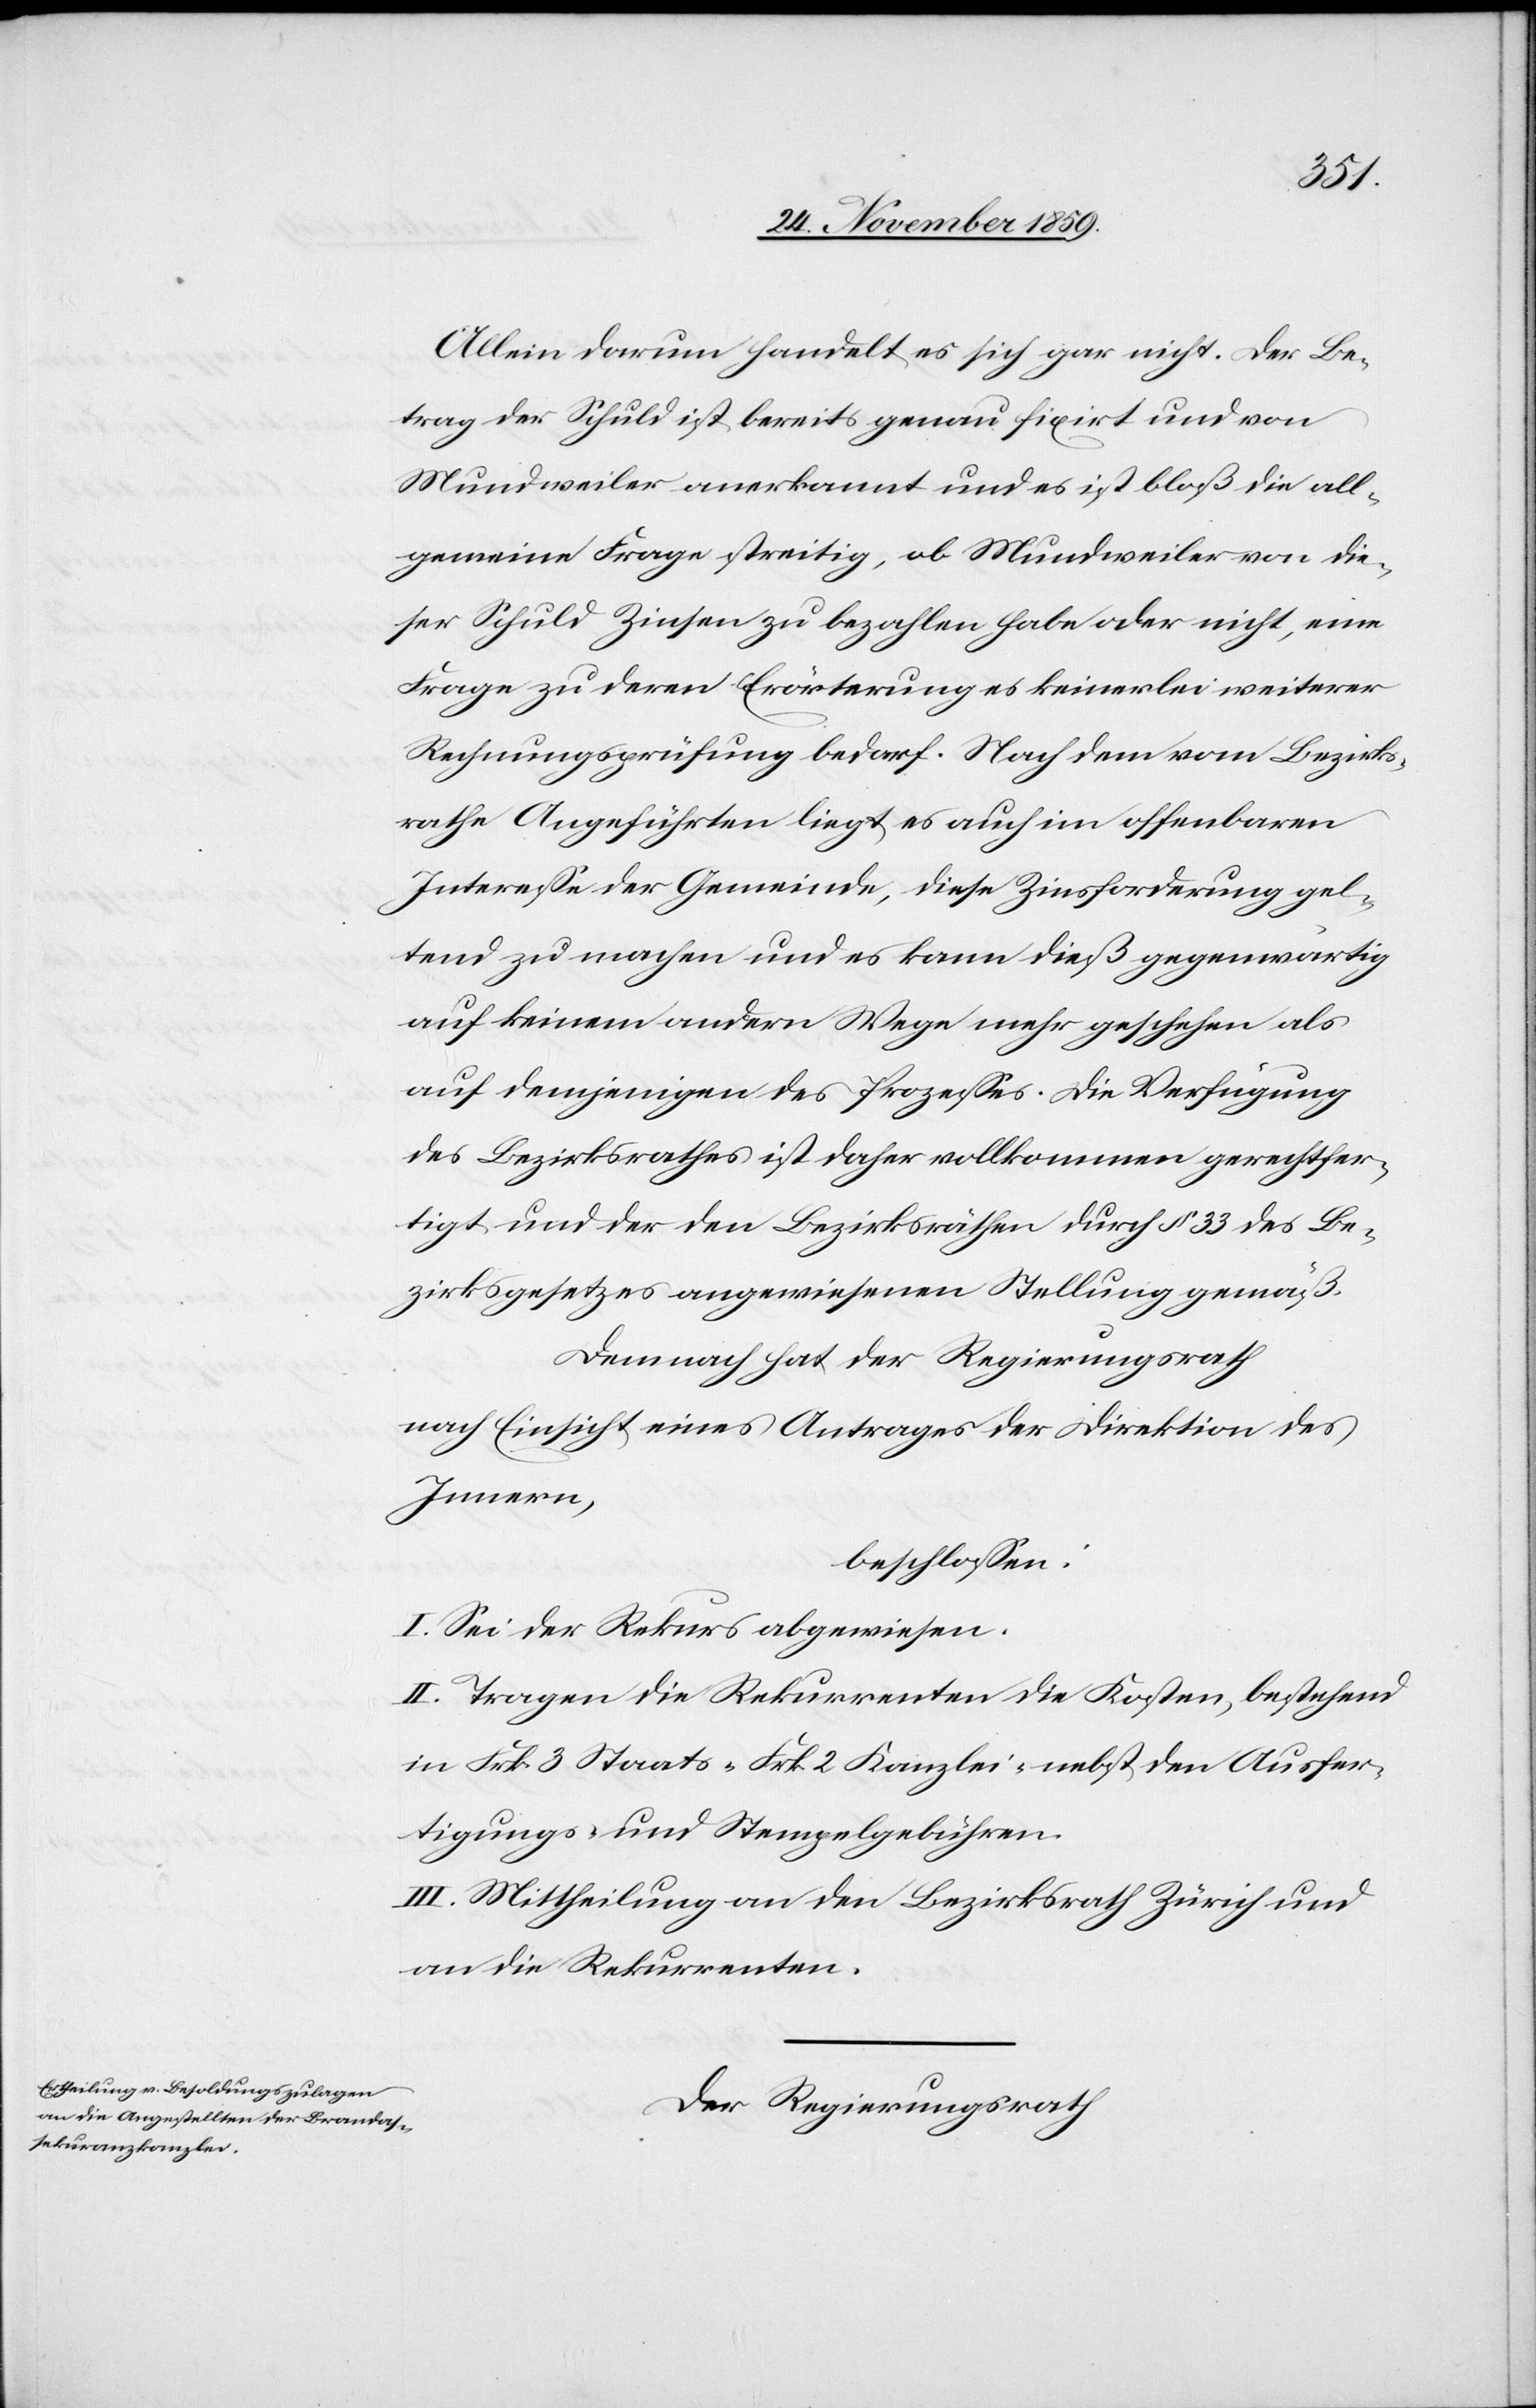
Allein darum handelt es sich gar nicht. Der Be¬
trag der Schuld ist bereits genau fixirt und von
Mundweiler anerkannt und es ist bloß die all¬
gemeine Frage streitig, ob Mundweiler von die¬
ser Schuld Zinsen zu bezahlen habe oder nicht, eine
Frage zu deren Erörterung es keinerlei weiterer
Rechnungsprüfung bedarf. Nach dem vom Bezirks¬
rathe Angeführten liegt es auch im offenbaren
Interesse der Gemeinde, diese Zinsforderung gel¬
tend zu machen und es kann dieß gegenwärtig
auf keinem andern Wege mehr geschehen als
auf demjenigen des Prozesses. Die Verfügung
des Bezirksrathes ist daher vollkommen gerechtfer¬
tigt und der den Bezirksräthen durch § 33 des Be¬
zirksgesetzes angewiesenen Stellung gemäß.
Demnach hat der Regierungsrath
nach Einsicht eines Antrages der Direktion des
Innern,
beschlossen:
I. Sei der Rekurs abgewiesen.
II. Tragen die Rekurrenten die Kosten, bestehend
in Frk. 3 Staats-[,] Frk. 2 Kanzlei-[,] nebst den Ausfer¬
tigungs- und Stempelgebühren.
III. Mittheilung an den Bezirksrath Zürich und
an die Rekurrenten.
Der Regierungsrath